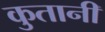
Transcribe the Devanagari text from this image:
कुतानी